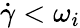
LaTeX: \dot{\gamma}<\omega_{i}